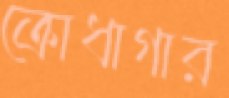
ক্রোধাগার